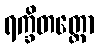
ရက္ခိတတ္တော